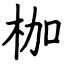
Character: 枷